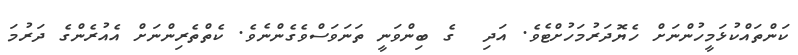
ކަންތައްކުޅަމީހުންނަށް ހެޔޮދަރުމަހުށްޓެވެ. އަދި  ގެ ބިންވަނީ ތަނަވަސްވެގެންނެވެ. ކެތްތެރިންނަށް އެއުރެންގެ ދަރުމަ